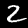
Digit: 2